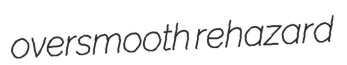
oversmooth rehazard